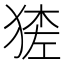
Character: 𱮉